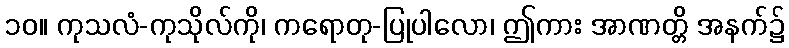
၁၀။ ကုသလံ-ကုသိုလ်ကို၊ ကရောတု-ပြုပါလော၊ ဤကား အာဏတ္တိ အနက်၌